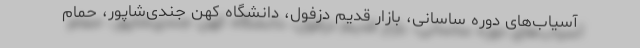
آسیاب‌های دوره ساسانی، بازار قدیم دزفول، دانشگاه کهن جندی‌شاپور، حمام